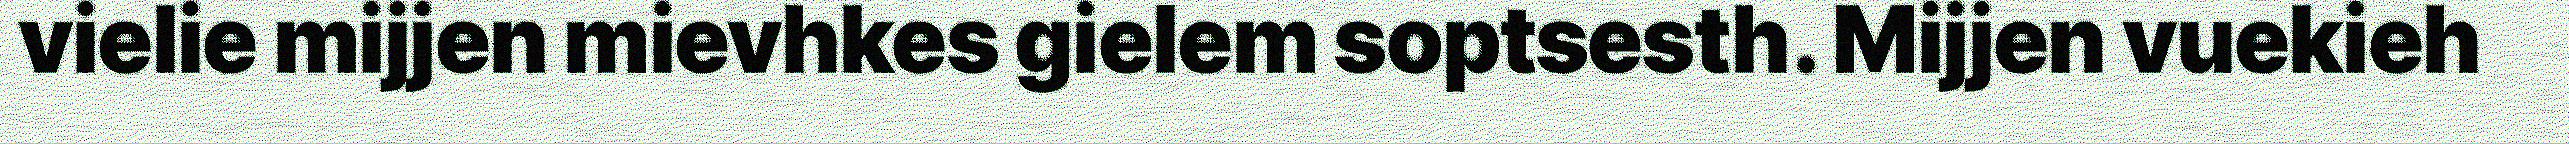
vielie mijjen mievhkes gielem soptsesth. Mijjen vuekieh